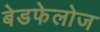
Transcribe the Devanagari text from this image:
बेडफेलोज